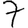
Digit: 7